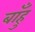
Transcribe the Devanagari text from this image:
बाँहु